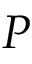
P